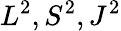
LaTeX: L^{2},S^{2},J^{2}